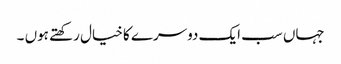
جہاں سب ایک دوسرے کا خیال رکھتے ہوں ۔